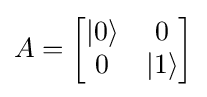
A={\begin{bmatrix}|0\rangle &0\\0&|1\rangle \end{bmatrix}}